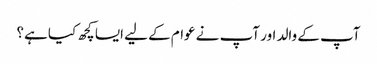
آپ کے والد اور آپ نے عوام کے لیے ایسا کچھ کیا ہے؟